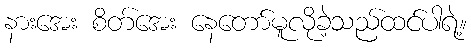
နားအေး စိတ်အေး နေတော်မူလိုခဲ့သည်ထင်ပါရဲ့။